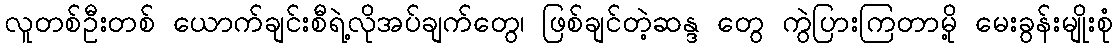
လူတစ်ဦးတစ် ယောက်ချင်းစီရဲ့လိုအပ်ချက်တွေ၊ ဖြစ်ချင်တဲ့ဆန္ဒ တွေ ကွဲပြားကြတာမို့ မေးခွန်းမျိုးစုံ